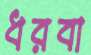
ধরবা